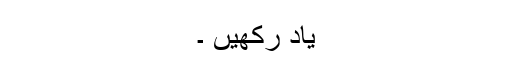
یاد رکھیں ۔